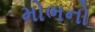
મોભનો